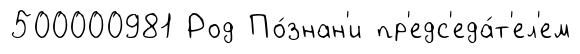
500000981 Род По́знан'и пр'едс'еда́т'ел'ем